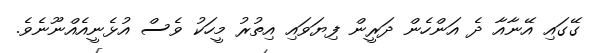
ގޭގައި އޭނާއާ ދެ އަންހެން ދަރީން ފިޔަވައި އިތުރު މީހަކު ވެސް އުޅެނީއެއްނޫނެވެ.